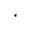
^ *